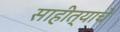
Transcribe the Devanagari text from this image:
साहीत्याचे